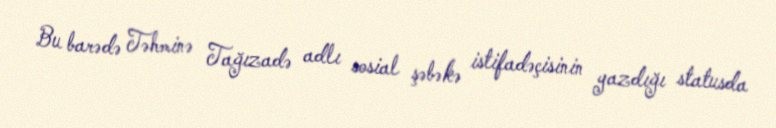
Bu barədə Təhminə Tağızadə adlı sosial şəbəkə istifadəçisinin yazdığı statusda